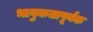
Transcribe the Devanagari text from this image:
भावुकतापूर्वक